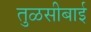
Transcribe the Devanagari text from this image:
तुळसीबाई